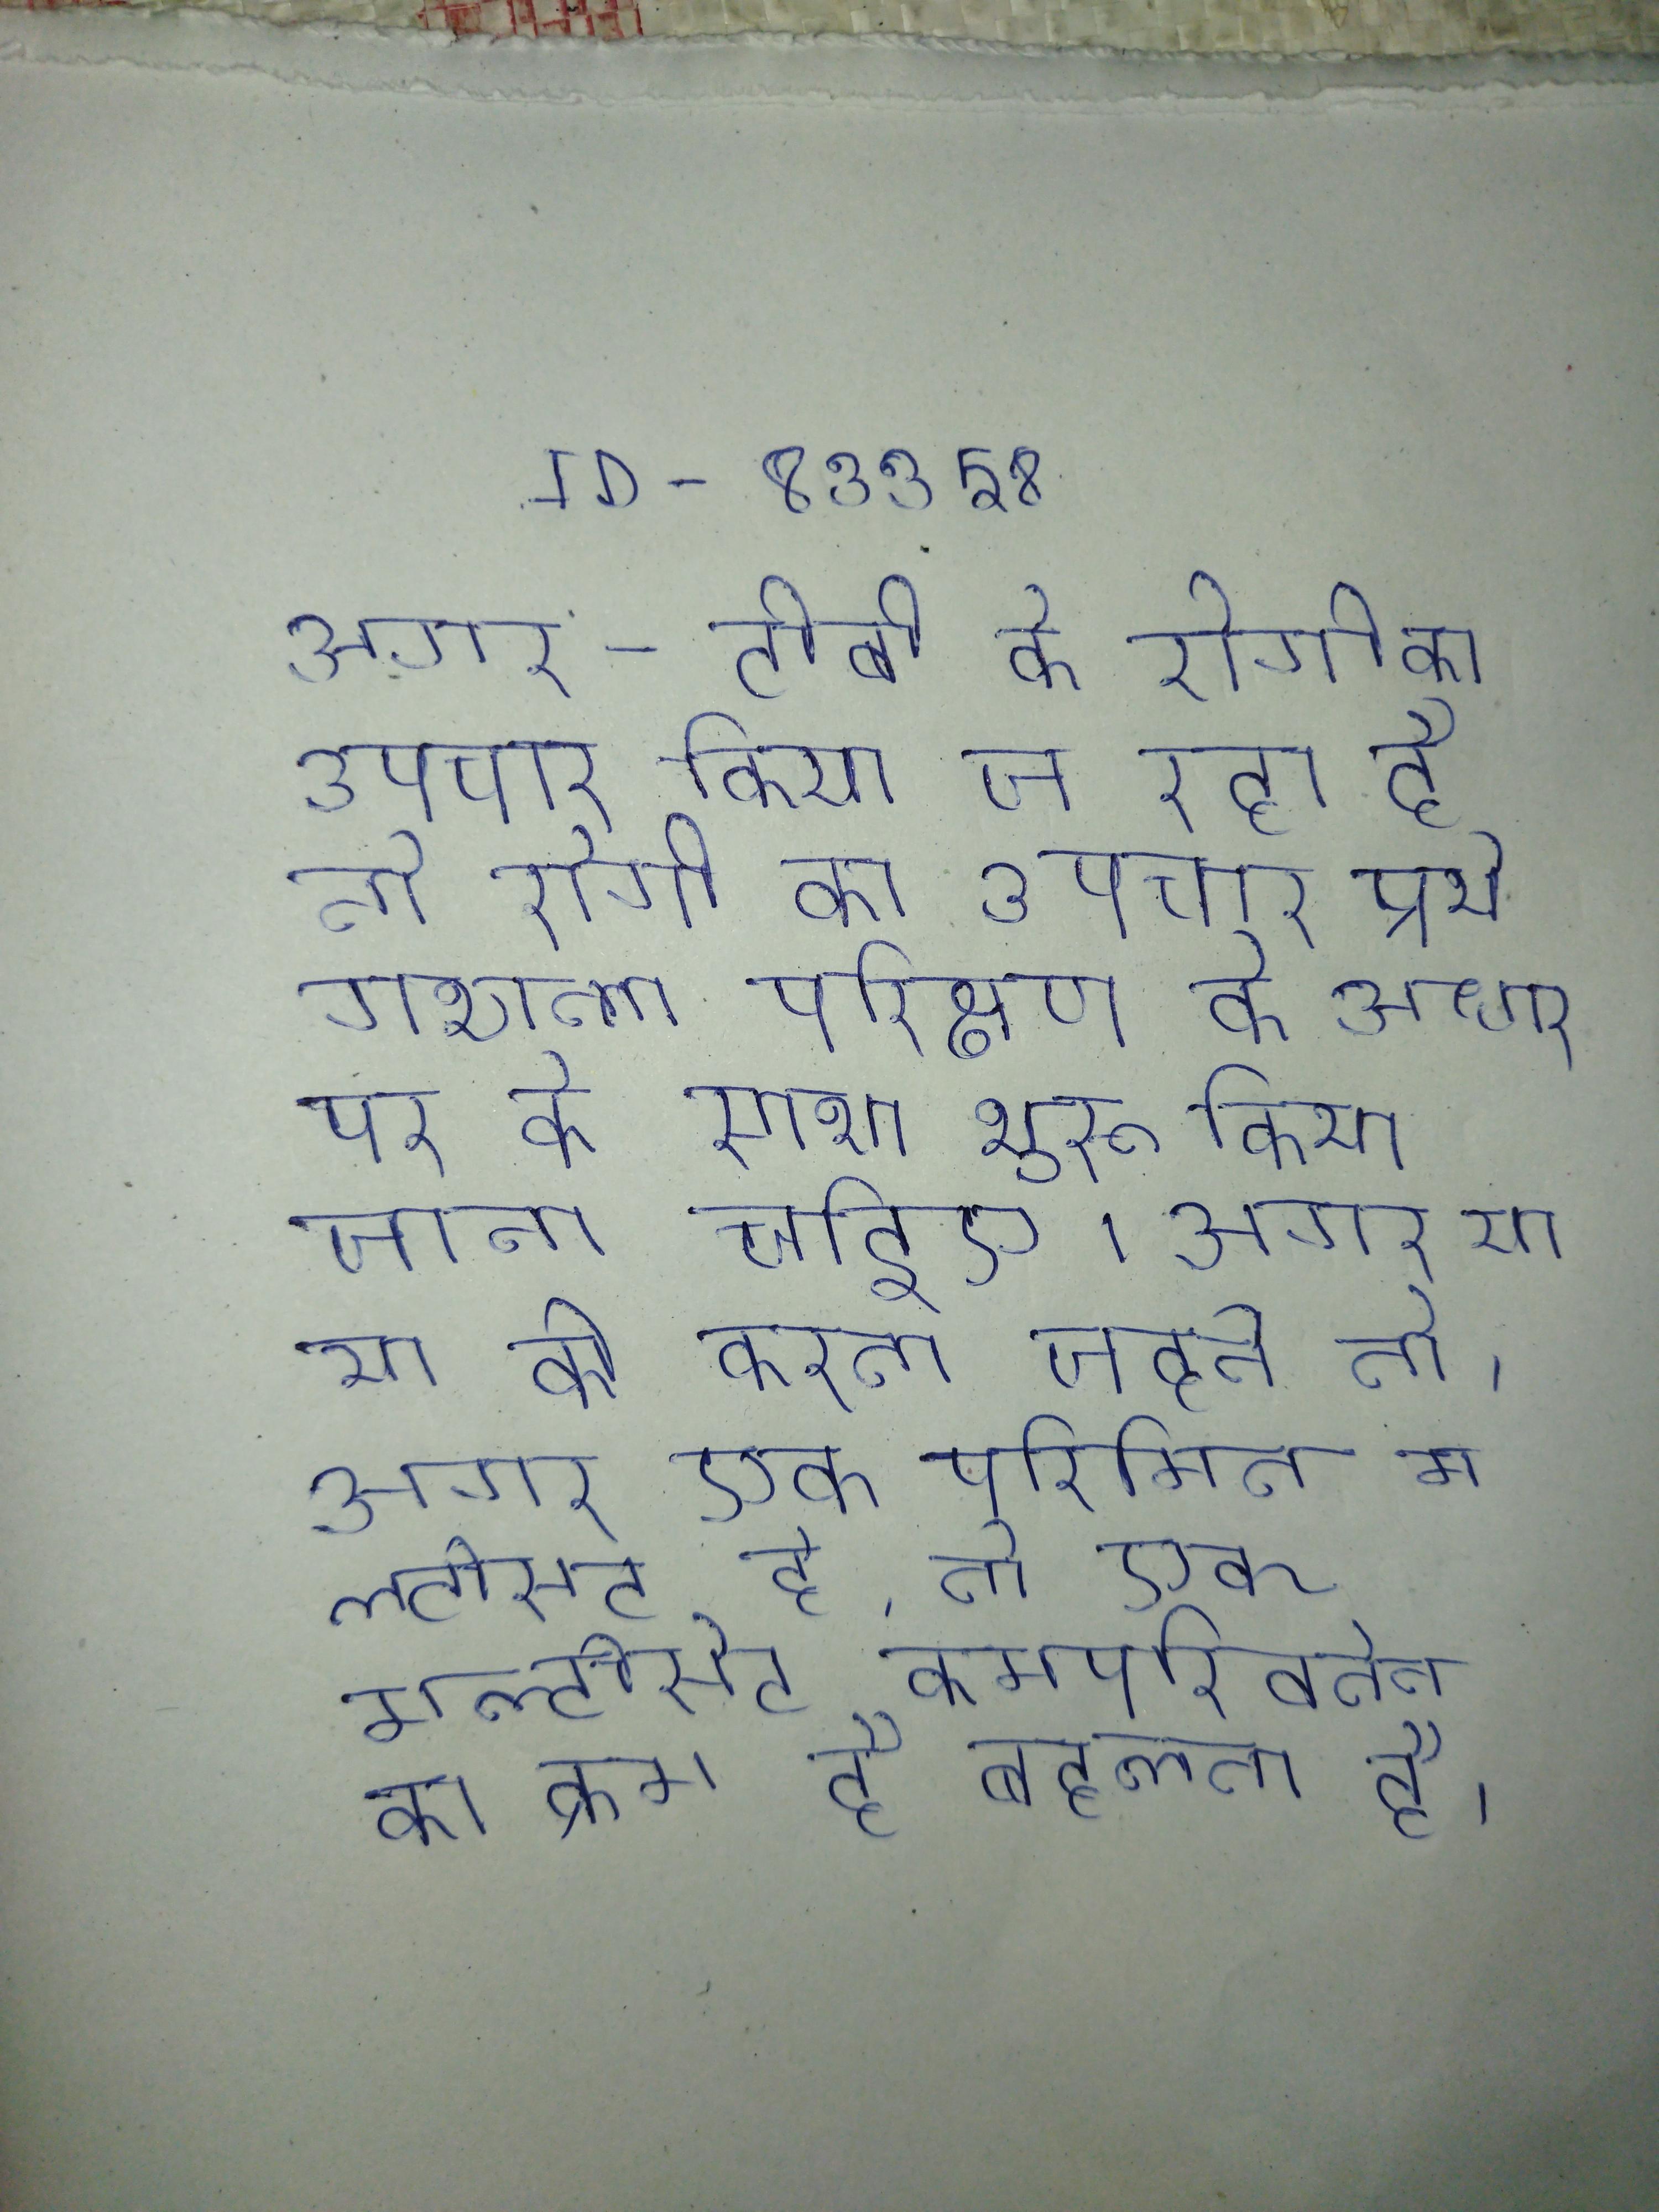
अगर -टीबी के रोगी का उपचार किया जा रहा है तो रोगी का उपचार प्रयोगशाला परिक्षण के आधार पर के साथ शुरू किया जाना चाहिए । अगर या या को करना चाहते तो । अगर एक परिमित मल्टीसेट है, तो एक मल्टीसेट क्रमपरिवर्तन का क्रम है प्रत्येक तत्व उतनी बार प्रकट होता है जितनी बार इसकी बहुलता है ।